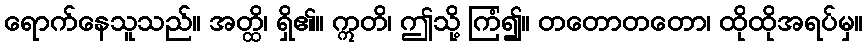
ရောက်နေသူသည်။ အတ္ထိ၊ ရှိ၏။ ဣတိ၊ ဤသို့ ကြံ၍။ တတောတတော၊ ထိုထိုအရပ်မှ။